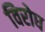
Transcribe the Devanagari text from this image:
विरोघ